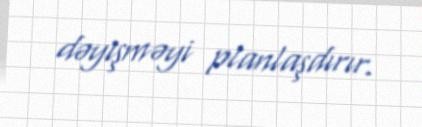
dəyişməyi planlaşdırır.